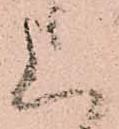
上